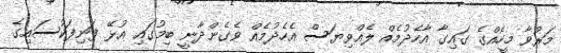
މަރުވާ މީހެއްގެ ގައިގާ އާހެދުމެއް ލެއްވިޔަސް އެހެދުމެއް ވެގެންދާނީ ބިމުގައި އުޅޭ ފަނިފަކުސައިގެ